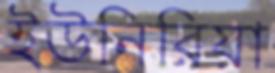
ইউনিরিয়া